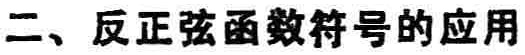
二、反正弦函数符号的应用